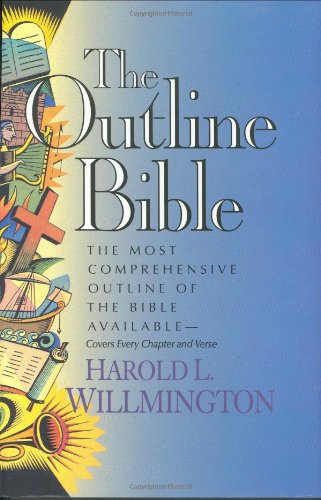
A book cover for The Outline Bible; Harold L. Willmington; Reference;